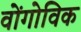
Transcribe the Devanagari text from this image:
वोंगोविक